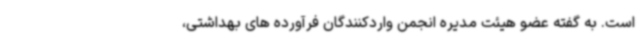
است. به گفته عضو هیئت مدیره انجمن واردکنندگان فرآورده های بهداشتی،